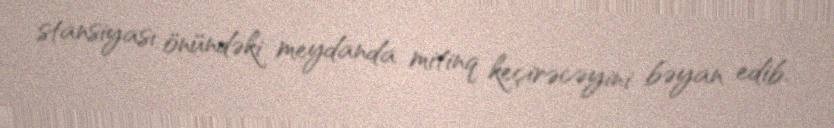
stansiyası önündəki meydanda mitinq keçirəcəyini bəyan edib.